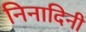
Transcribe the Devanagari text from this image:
निनादिनी